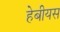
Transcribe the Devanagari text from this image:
हेबीयस